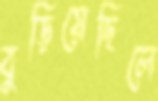
বুড়িয়েছিলে